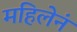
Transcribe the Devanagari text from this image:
महिलेनं